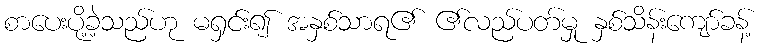
စာပေးပို့ခဲ့သည်ဟု မရှင်း၍ အနှစ်သာရ၏ ၏လည်ပတ်မှု နှစ်သိန်းကျော်ခန့်